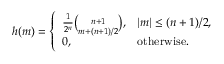
\begin{array} { r } { h ( m ) = \left\{ \begin{array} { l l } { \frac { 1 } { 2 ^ { n } } \binom { n + 1 } { m + ( n + 1 ) / 2 } , } & { | m | \leq ( n + 1 ) / 2 , } \\ { 0 , } & { \mathrm { o t h e r w i s e } . } \end{array} \right. } \end{array}